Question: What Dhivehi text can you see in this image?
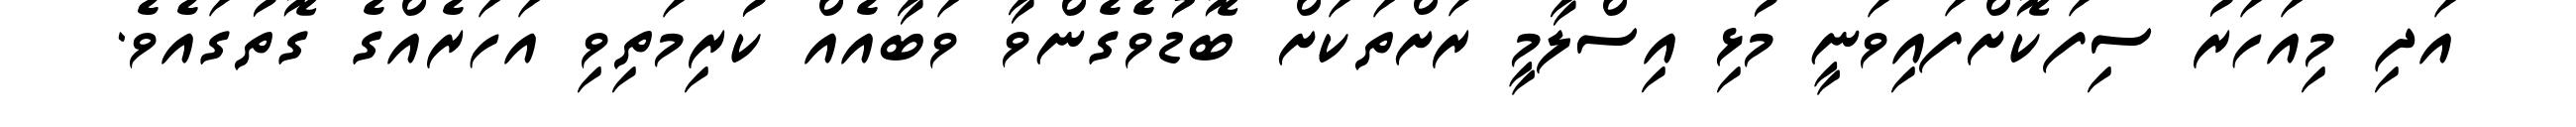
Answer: އަދި މިއަހަރު ސިފަކޮށްފައިވަނީ މުޅި އިސްލާމީ ރަށްތަކަށް ބޮޑުވެގެންވާ ވަބާއެއް ކުރިމަތިވި އަހަރެއްގެ ގޮތުގައެވެ.